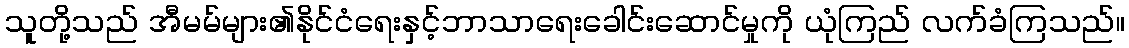
သူတို့သည် အီမမ်များ၏နိုင်ငံရေးနှင့်ဘာသာရေးခေါင်းဆောင်မှုကို ယုံကြည် လက်ခံကြသည်။